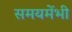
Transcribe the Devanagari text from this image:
समयमेंभी